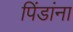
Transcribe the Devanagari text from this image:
पिंडांना